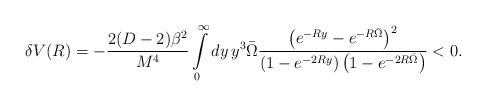
LaTeX: \begin{align*}\delta V(R)=-\frac{2(D-2)\beta^2}{M^4}\int\limits_0^{\infty}dy \,y^3 \bar\Omega\frac{\left(e^{-R y}-e^{-R\bar\Omega}\right)^2}{\left(1-e^{-2 R y}\right)\left(1-e^{-2R\bar\Omega}\right)}<0.\end{align*}